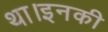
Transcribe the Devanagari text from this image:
था।इनकी